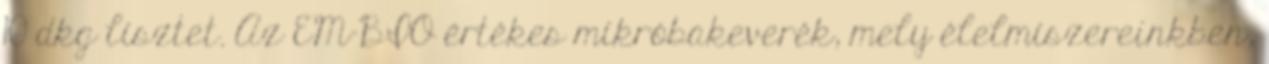
10 dkg lisztet. Az EM-BIO értékes mikróbakeverék, mely élelmiszereinkben,